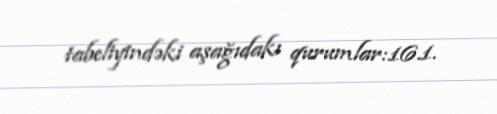
tabeliyindəki aşağıdakı qurumlar:16.1.